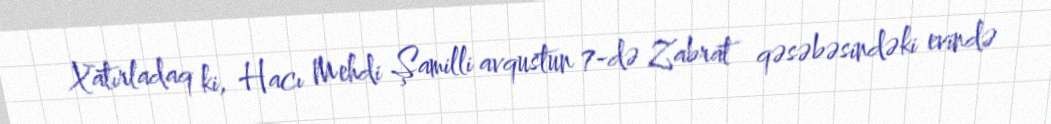
Xatırladaq ki, Hacı Mehdi Şamilli avqustun 7-də Zabrat qəsəbəsindəki evində